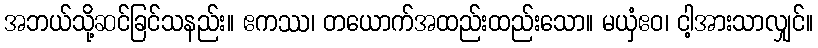
အဘယ်သို့ဆင်ခြင်သနည်း။ ဧကဿ၊ တယောက်အထည်းထည်းသော။ မယှံဧဝ၊ ငါ့အားသာလျှင်။